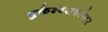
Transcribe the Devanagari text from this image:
मुक्तेश्वराबरोबर